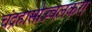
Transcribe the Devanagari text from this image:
चंद्रहासोज्ज्वलकरा